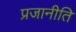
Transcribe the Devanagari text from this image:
प्रजानीति